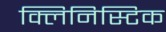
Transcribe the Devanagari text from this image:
क्लिनिस्टिक